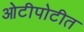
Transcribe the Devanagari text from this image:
ओटीपोटीत